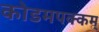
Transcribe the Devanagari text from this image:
कोडमपक्कम्